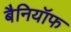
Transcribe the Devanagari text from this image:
बैनियॉफ